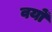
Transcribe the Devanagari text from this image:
वयों